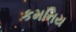
કમનિય